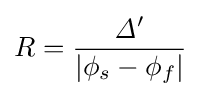
R={\frac {{\mathit {\Delta }}'}{\vert \phi _{s}-\phi _{f}\vert }}